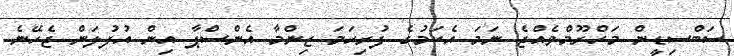
ސަބްސިޑީން މަހްރޫމްވެއްޖެ ނަމަ އެކަމުގެ ފުރިހަމަ ޒިންމާ އެންސްޕާ އިން އުފުލަން ޖެހޭނެ